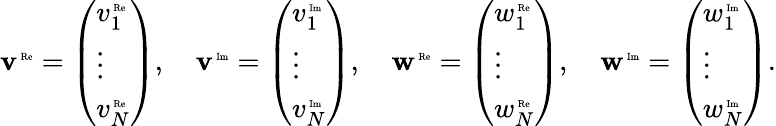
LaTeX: \begin{array}{r}{\mathbf{v}^{\mathrm{\tiny\mathrm{~Re}}}=\left(\begin{array}{l}{v_{1}^{\mathrm{\tiny\mathrm{~Re}}}}\\ {\vdots}\\ {v_{N}^{\mathrm{\tiny\mathrm{~Re}}}}\end{array}\right),\quad\mathbf{v}^{\mathrm{\tiny\mathrm{~Im}}}=\left(\begin{array}{l}{v_{1}^{\mathrm{\tiny\mathrm{~Im}}}}\\ {\vdots}\\ {v_{N}^{\mathrm{\tiny\mathrm{~Im}}}}\end{array}\right),\quad\mathbf{w}^{\mathrm{\tiny\mathrm{~Re}}}=\left(\begin{array}{l}{w_{1}^{\mathrm{\tiny\mathrm{~Re}}}}\\ {\vdots}\\ {w_{N}^{\mathrm{\tiny\mathrm{~Re}}}}\end{array}\right),\quad\mathbf{w}^{\mathrm{\tiny\mathrm{~Im}}}=\left(\begin{array}{l}{w_{1}^{\mathrm{\tiny\mathrm{~Im}}}}\\ {\vdots}\\ {w_{N}^{\mathrm{\tiny\mathrm{~Im}}}}\end{array}\right).}\end{array}